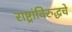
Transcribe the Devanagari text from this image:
राष्ट्रांविरुद्धचे